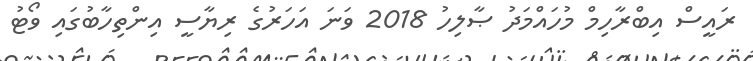
ރައީސް އިބްރާހިމް މުހައްމަދު ޞާލިހު 2018 ވަނަ އަހަރުގެ ރިޔާސީ އިންތިހާބުގައި ވޯޓު